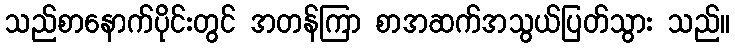
သည်စာနောက်ပိုင်းတွင် အတန်ကြာ စာအဆက်အသွယ်ပြတ်သွား သည်။